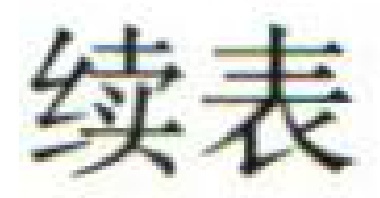
续表